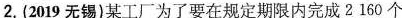
2.(2019无锡)某工厂为了要在规定期限内完成2160个